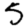
Digit: 5